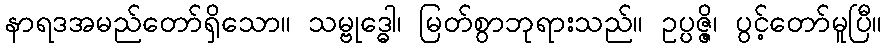
နာရဒအမည်တော်ရှိသော။ သမ္ဗုဒ္ဓေါ၊ မြတ်စွာဘုရားသည်။ ဥပ္ပဇ္ဇိ၊ ပွင့်တော်မူပြီ။